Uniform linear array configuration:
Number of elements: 4
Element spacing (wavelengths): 0.25
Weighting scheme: uniform
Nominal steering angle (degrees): -45
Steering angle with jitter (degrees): -43.735
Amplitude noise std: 0.05
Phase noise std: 0.05

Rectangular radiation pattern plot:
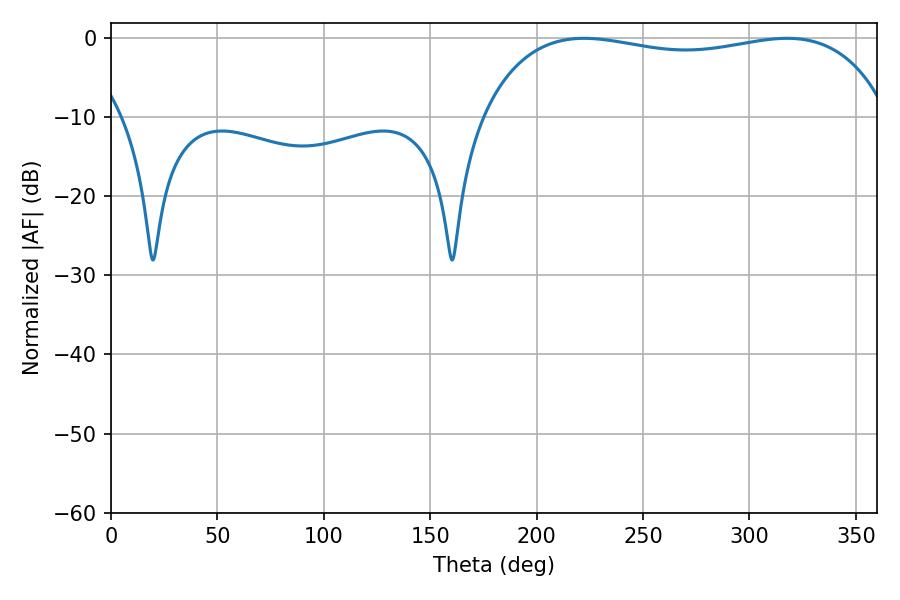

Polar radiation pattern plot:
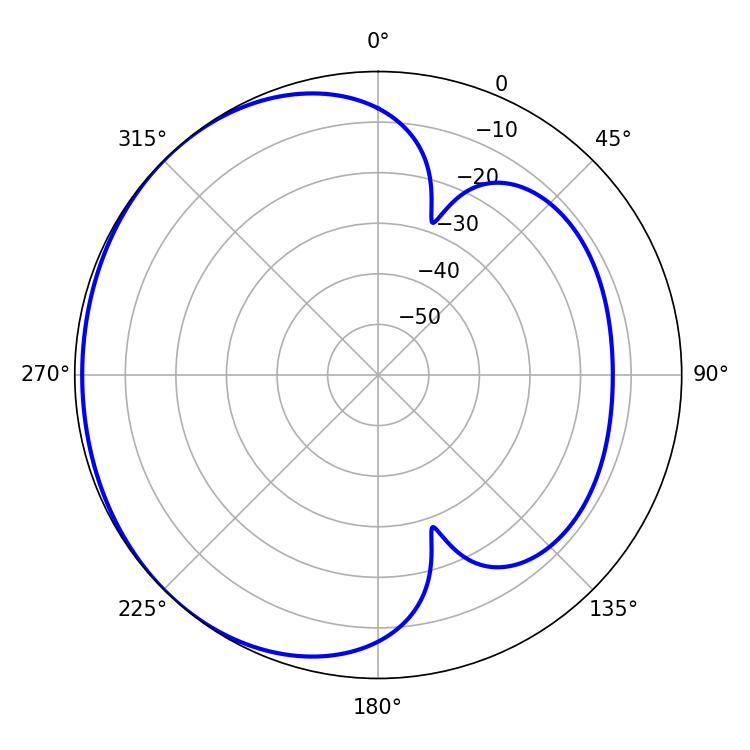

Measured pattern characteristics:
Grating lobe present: FALSE
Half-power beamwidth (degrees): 155.16
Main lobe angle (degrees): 222.3